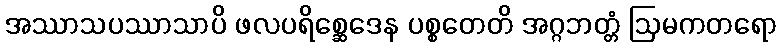
အဿာသပဿာသာပိ ဖလပရိစ္ဆေဒေန ပစ္စတေတိ အဂ္ဂဘတ္တံ ဩမကတရော